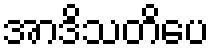
အာဒိသတိပေ